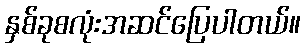
နှစ်ခုစလုံးအဆင်ပြေပါတယ်။